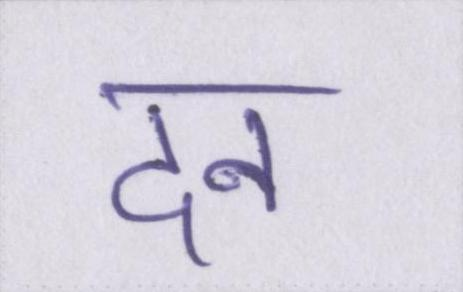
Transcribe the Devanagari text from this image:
दन